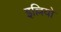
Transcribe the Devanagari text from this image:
इल्लियो